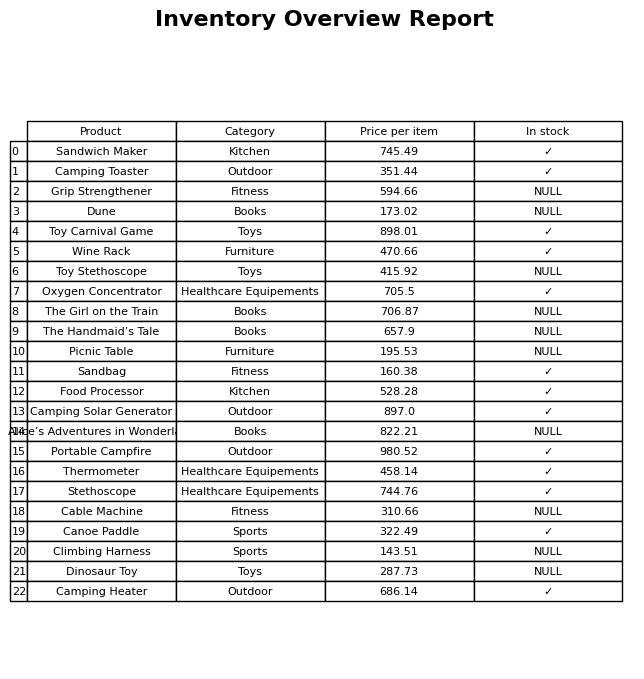
question: What is the price for Sandbag?
answer: The price of Sandbag is 160.38.